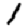
Digit: 1